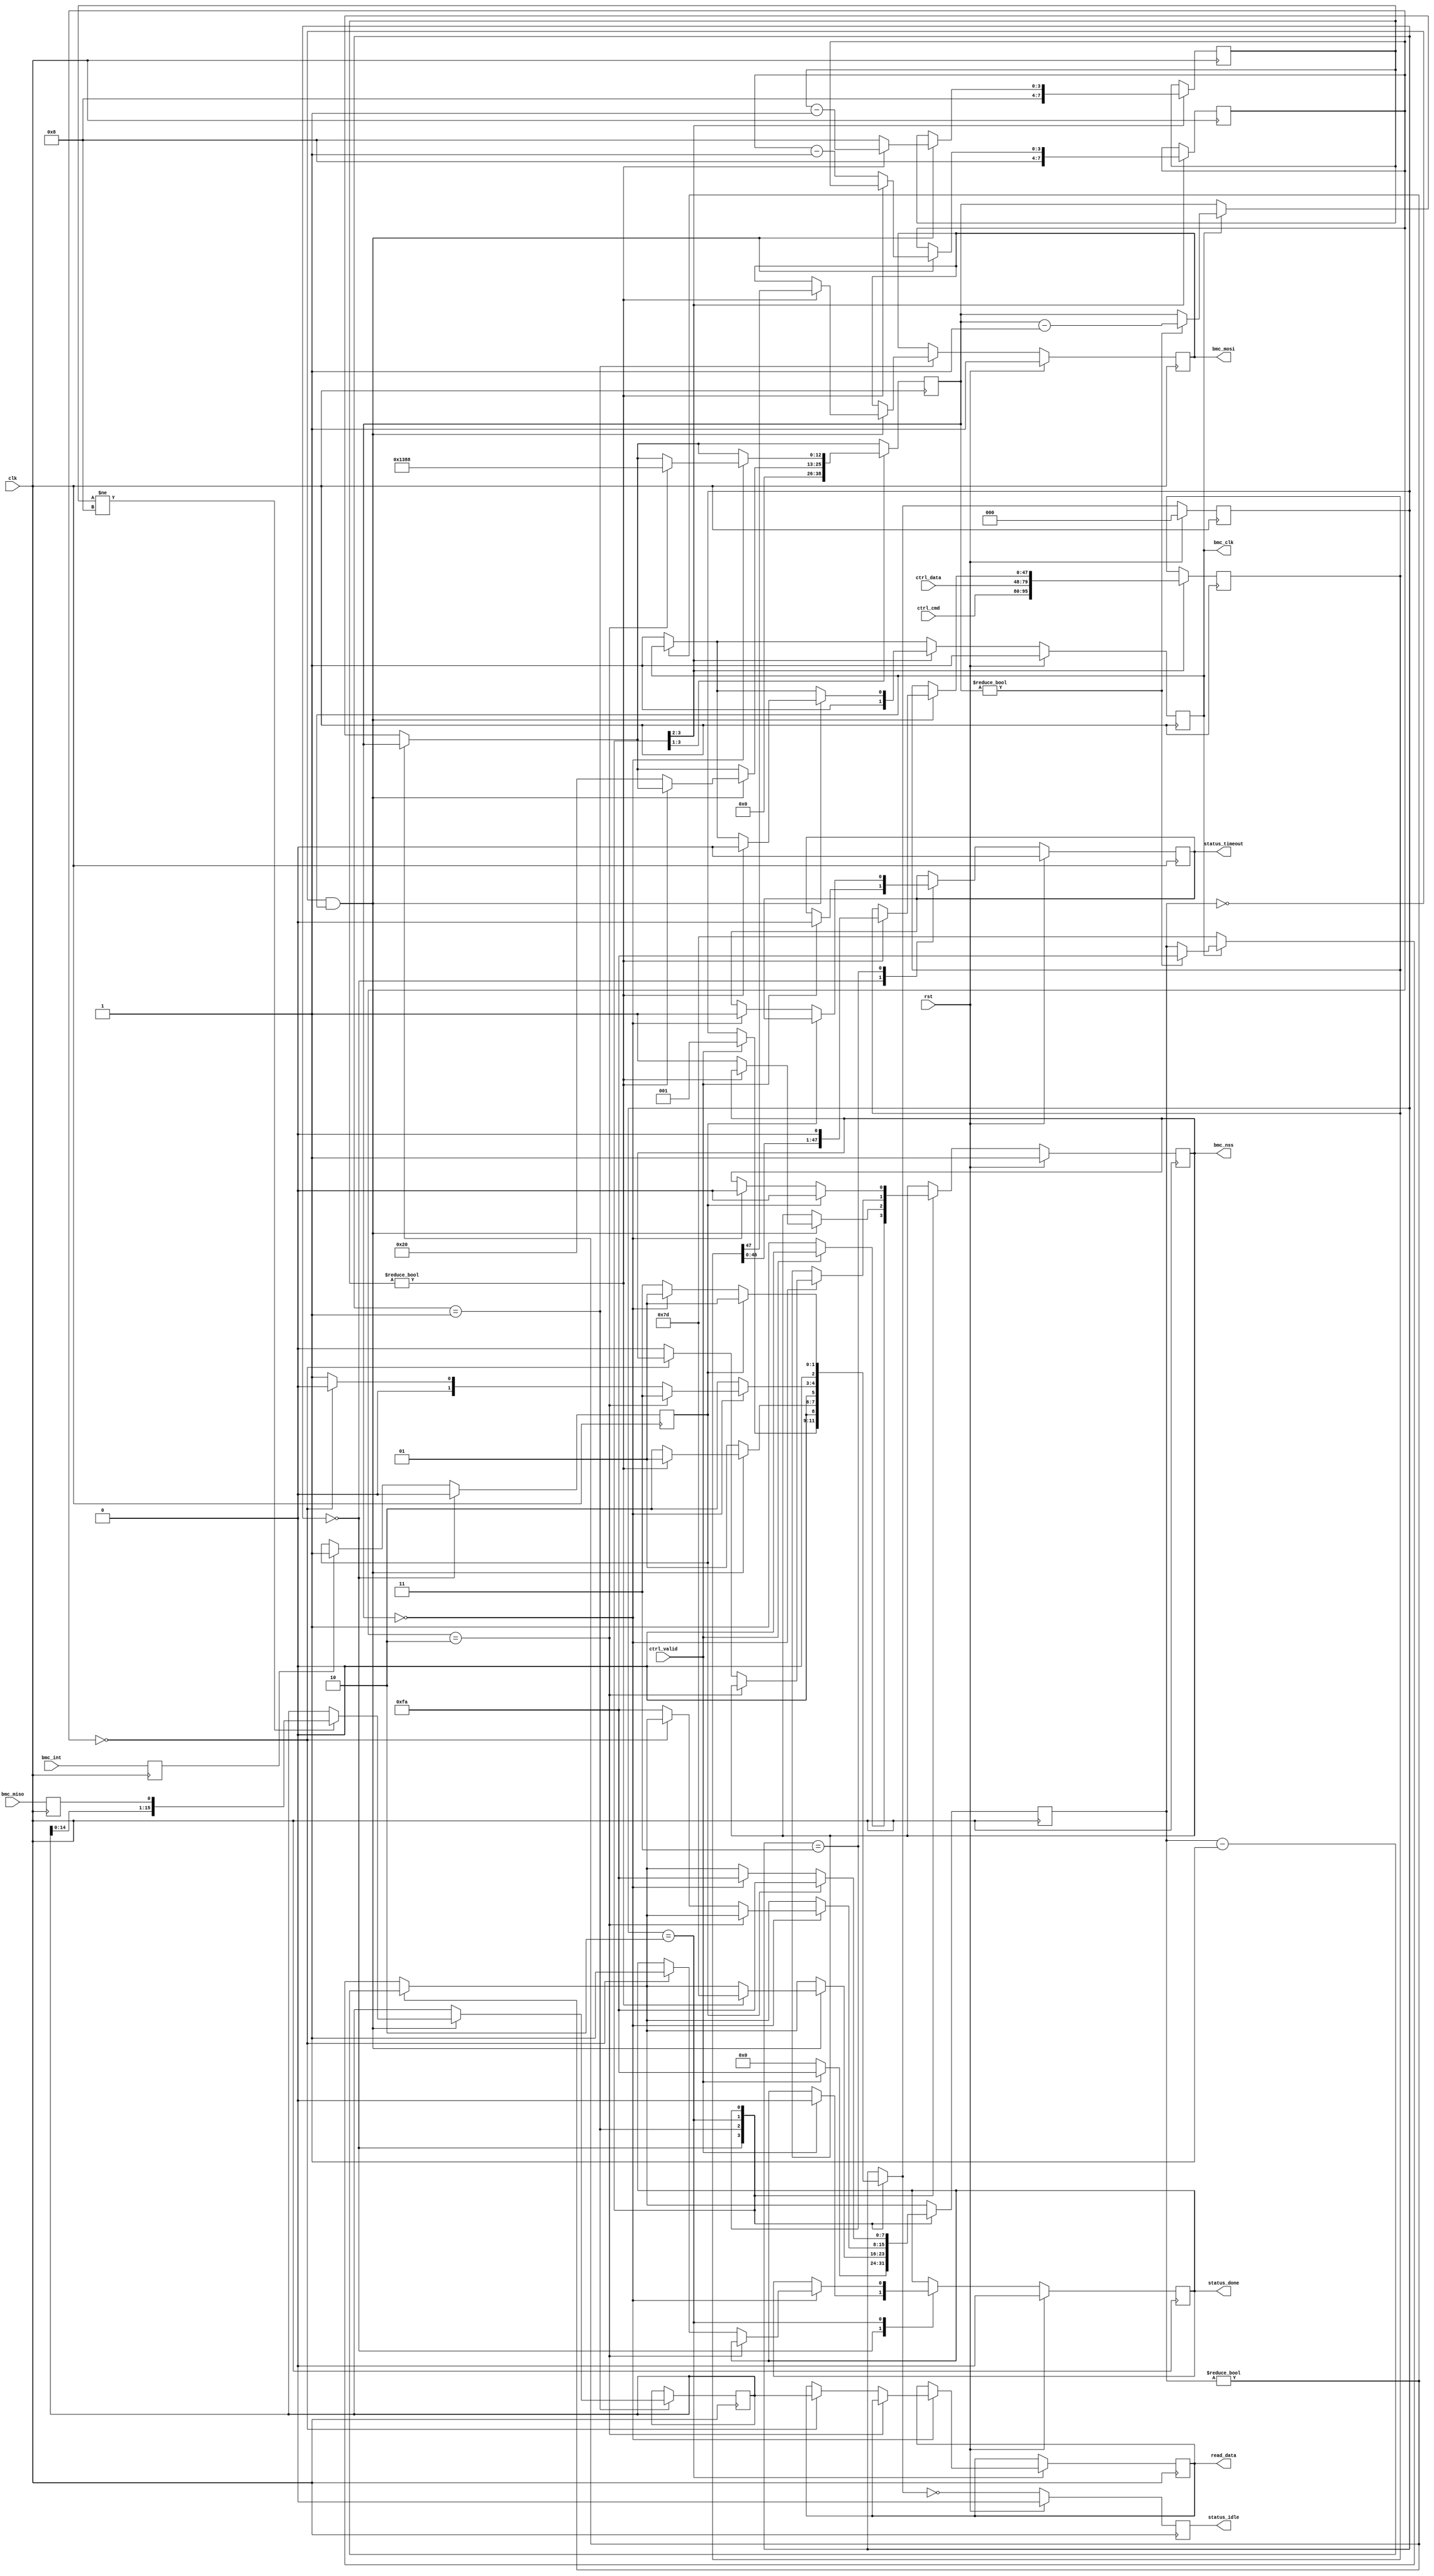
// SPDX-License-Identifier: BSD-2-Clause-Views
/*
 * Copyright (c) 2021-2023 The Regents of the University of California
 */

// Language: Verilog 2001

`resetall
`timescale 1ns / 1ps
`default_nettype none

/*
 * Board management controller interface
 */
module bmc_spi #(
    // clock prescale (SPI clock half period in cycles of clk)
    parameter PRESCALE = 125,
    // byte wait time (SPI clock cycles)
    parameter BYTE_WAIT = 32,
    // timeout (SPI clock cycles)
    parameter TIMEOUT = 5000
)
(
    input  wire        clk,
    input  wire        rst,

    input  wire [15:0] ctrl_cmd,
    input  wire [31:0] ctrl_data,
    input  wire        ctrl_valid,

    output wire [15:0] read_data,

    output wire        status_idle,
    output wire        status_done,
    output wire        status_timeout,

    output wire        bmc_clk,
    output wire        bmc_nss,
    output wire        bmc_mosi,
    input  wire        bmc_miso,
    input  wire        bmc_int
);

localparam CL_PRESCALE = $clog2(PRESCALE+1);
localparam CL_DELAY = $clog2((BYTE_WAIT > TIMEOUT ? BYTE_WAIT : TIMEOUT)+1);

/*

SPI protocol:

8 byte transfer, MSB first

2 byte command
4 byte data
wait for int
2 byte read data

nss deasserted between each byte
wait 32 SPI cycle times between bytes
wait up to 5 ms for int assert from bmc

*/

localparam [2:0]
    STATE_IDLE = 3'd0,
    STATE_SHIFT = 3'd1,
    STATE_WAIT_BYTE = 3'd2,
    STATE_WAIT_INT = 3'd3;

reg [2:0] state_reg = STATE_IDLE, state_next;

reg [15:0] read_data_reg = 15'd0, read_data_next;

reg status_idle_reg = 1'b0;
reg status_done_reg = 1'b0, status_done_next;
reg status_timeout_reg = 1'b0, status_timeout_next;

reg bmc_clk_reg = 1'b1, bmc_clk_next;
reg bmc_nss_reg = 1'b1, bmc_nss_next;
reg bmc_mosi_reg = 1'b1, bmc_mosi_next;
reg bmc_miso_reg = 1'b1;
reg bmc_int_reg = 1'b0;

reg [CL_PRESCALE+1-1:0] prescale_count_reg = 0, prescale_count_next;
reg [CL_DELAY-1:0] delay_count_reg = 0, delay_count_next;
reg [3:0] bit_count_reg = 0, bit_count_next;
reg [3:0] byte_count_reg = 0, byte_count_next;
reg [47:0] data_out_reg = 0, data_out_next;
reg [15:0] data_in_reg = 0, data_in_next;
reg int_reg = 0, int_next;

assign read_data = read_data_reg;

assign status_idle = status_idle_reg;
assign status_done = status_done_reg;
assign status_timeout = status_timeout_reg;

assign bmc_clk = bmc_clk_reg;
assign bmc_nss = bmc_nss_reg;
assign bmc_mosi = bmc_mosi_reg;

always @* begin
    state_next = state_reg;

    read_data_next = read_data_reg;

    status_done_next = status_done_reg;
    status_timeout_next = status_timeout_reg;

    bmc_clk_next = bmc_clk_reg;
    bmc_nss_next = bmc_nss_reg;
    bmc_mosi_next = bmc_mosi_reg;

    prescale_count_next = prescale_count_reg;
    delay_count_next = delay_count_reg;
    bit_count_next = bit_count_reg;
    byte_count_next = byte_count_reg;
    data_out_next = data_out_reg;
    data_in_next = data_in_reg;
    int_next = int_reg;

    if (prescale_count_reg != 0) begin
        prescale_count_next = prescale_count_reg - 1;
    end else if (bmc_clk_reg == 1'b0) begin
        bmc_clk_next = 1'b1;
        prescale_count_next = PRESCALE;
    end else if (delay_count_reg != 0) begin
        delay_count_next = delay_count_reg - 1;
        prescale_count_next = PRESCALE*2;
    end

    if (bmc_int_reg) begin
        int_next = 1'b1;
    end

    case (state_reg)
        STATE_IDLE: begin
            bmc_clk_next = 1'b1;
            bmc_nss_next = 1'b1;

            prescale_count_next = 0;
            delay_count_next = 0;
            bit_count_next = 8;
            byte_count_next = 8;
            data_out_next = {ctrl_cmd, ctrl_data};
            int_next = 1'b0;

            if (ctrl_valid) begin
                status_done_next = 1'b0;
                status_timeout_next = 1'b0;
                bmc_nss_next = 1'b0;
                prescale_count_next = PRESCALE*2;
                state_next = STATE_SHIFT;
            end
        end
        STATE_SHIFT: begin
            if (prescale_count_reg == 0 && bmc_clk_reg) begin
                if (bit_count_reg != 8) begin
                    // shift in bit
                    data_in_next = {data_in_reg, bmc_miso_reg};
                end

                if (bit_count_reg != 0) begin
                    // more bits to send; send the next bit
                    bmc_clk_next = 1'b0;
                    prescale_count_next = PRESCALE;
                    bit_count_next = bit_count_reg - 1;
                    {bmc_mosi_next, data_out_next} = {data_out_reg, 1'b0};
                    state_next = STATE_SHIFT;
                end else begin
                    // at the end of the byte; small delay
                    bmc_nss_next = 1'b1;
                    delay_count_next = BYTE_WAIT;
                    bit_count_next = 8;
                    byte_count_next = byte_count_reg - 1;
                    state_next = STATE_WAIT_BYTE;
                end
            end else begin
                state_next = STATE_SHIFT;
            end
        end
        STATE_WAIT_BYTE: begin
            // byte wait state; wait for delay timer
            if (delay_count_reg == 0) begin
                if (byte_count_reg == 2) begin
                    // command sent; wait for int from BMC
                    delay_count_next = TIMEOUT;
                    state_next = STATE_WAIT_INT;
                end else if (byte_count_reg == 0) begin
                    // done with operation; return to idle
                    read_data_next = data_in_reg;
                    status_done_next = 1'b1;
                    state_next = STATE_IDLE;
                end else begin
                    // not at end of command; send next byte
                    bmc_nss_next = 1'b0;
                    prescale_count_next = PRESCALE*2;
                    state_next = STATE_SHIFT;
                end
            end else begin
                state_next = STATE_WAIT_BYTE;
            end
        end
        STATE_WAIT_INT: begin
            // wait for int from BMC
            if (int_reg) begin
                // got int, go back to shift state
                bmc_nss_next = 1'b0;
                prescale_count_next = PRESCALE*2;
                state_next = STATE_SHIFT;
            end else if (delay_count_reg == 0) begin
                // timed out waiting for BMC
                status_timeout_next = 1'b1;
                bmc_nss_next = 1'b0;
                prescale_count_next = PRESCALE*2;
                state_next = STATE_SHIFT;
            end else begin
                state_next = STATE_WAIT_INT;
            end
        end
    endcase
end

always @(posedge clk) begin
    state_reg <= state_next;

    read_data_reg <= read_data_next;

    status_idle_reg <= state_next == STATE_IDLE;
    status_done_reg <= status_done_next;
    status_timeout_reg <= status_timeout_next;

    bmc_clk_reg <= bmc_clk_next;
    bmc_nss_reg <= bmc_nss_next;
    bmc_mosi_reg <= bmc_mosi_next;
    bmc_miso_reg <= bmc_miso;
    bmc_int_reg <= bmc_int;

    prescale_count_reg <= prescale_count_next;
    delay_count_reg <= delay_count_next;
    bit_count_reg <= bit_count_next;
    byte_count_reg <= byte_count_next;
    data_out_reg <= data_out_next;
    data_in_reg <= data_in_next;
    int_reg <= int_next;

    if (rst) begin
        state_reg <= STATE_IDLE;

        status_idle_reg <= 1'b0;
        status_done_reg <= 1'b0;
        status_timeout_reg <= 1'b0;

        bmc_clk_reg <= 1'b1;
        bmc_nss_reg <= 1'b1;
        bmc_mosi_reg <= 1'b1;
    end
end

endmodule

`resetall